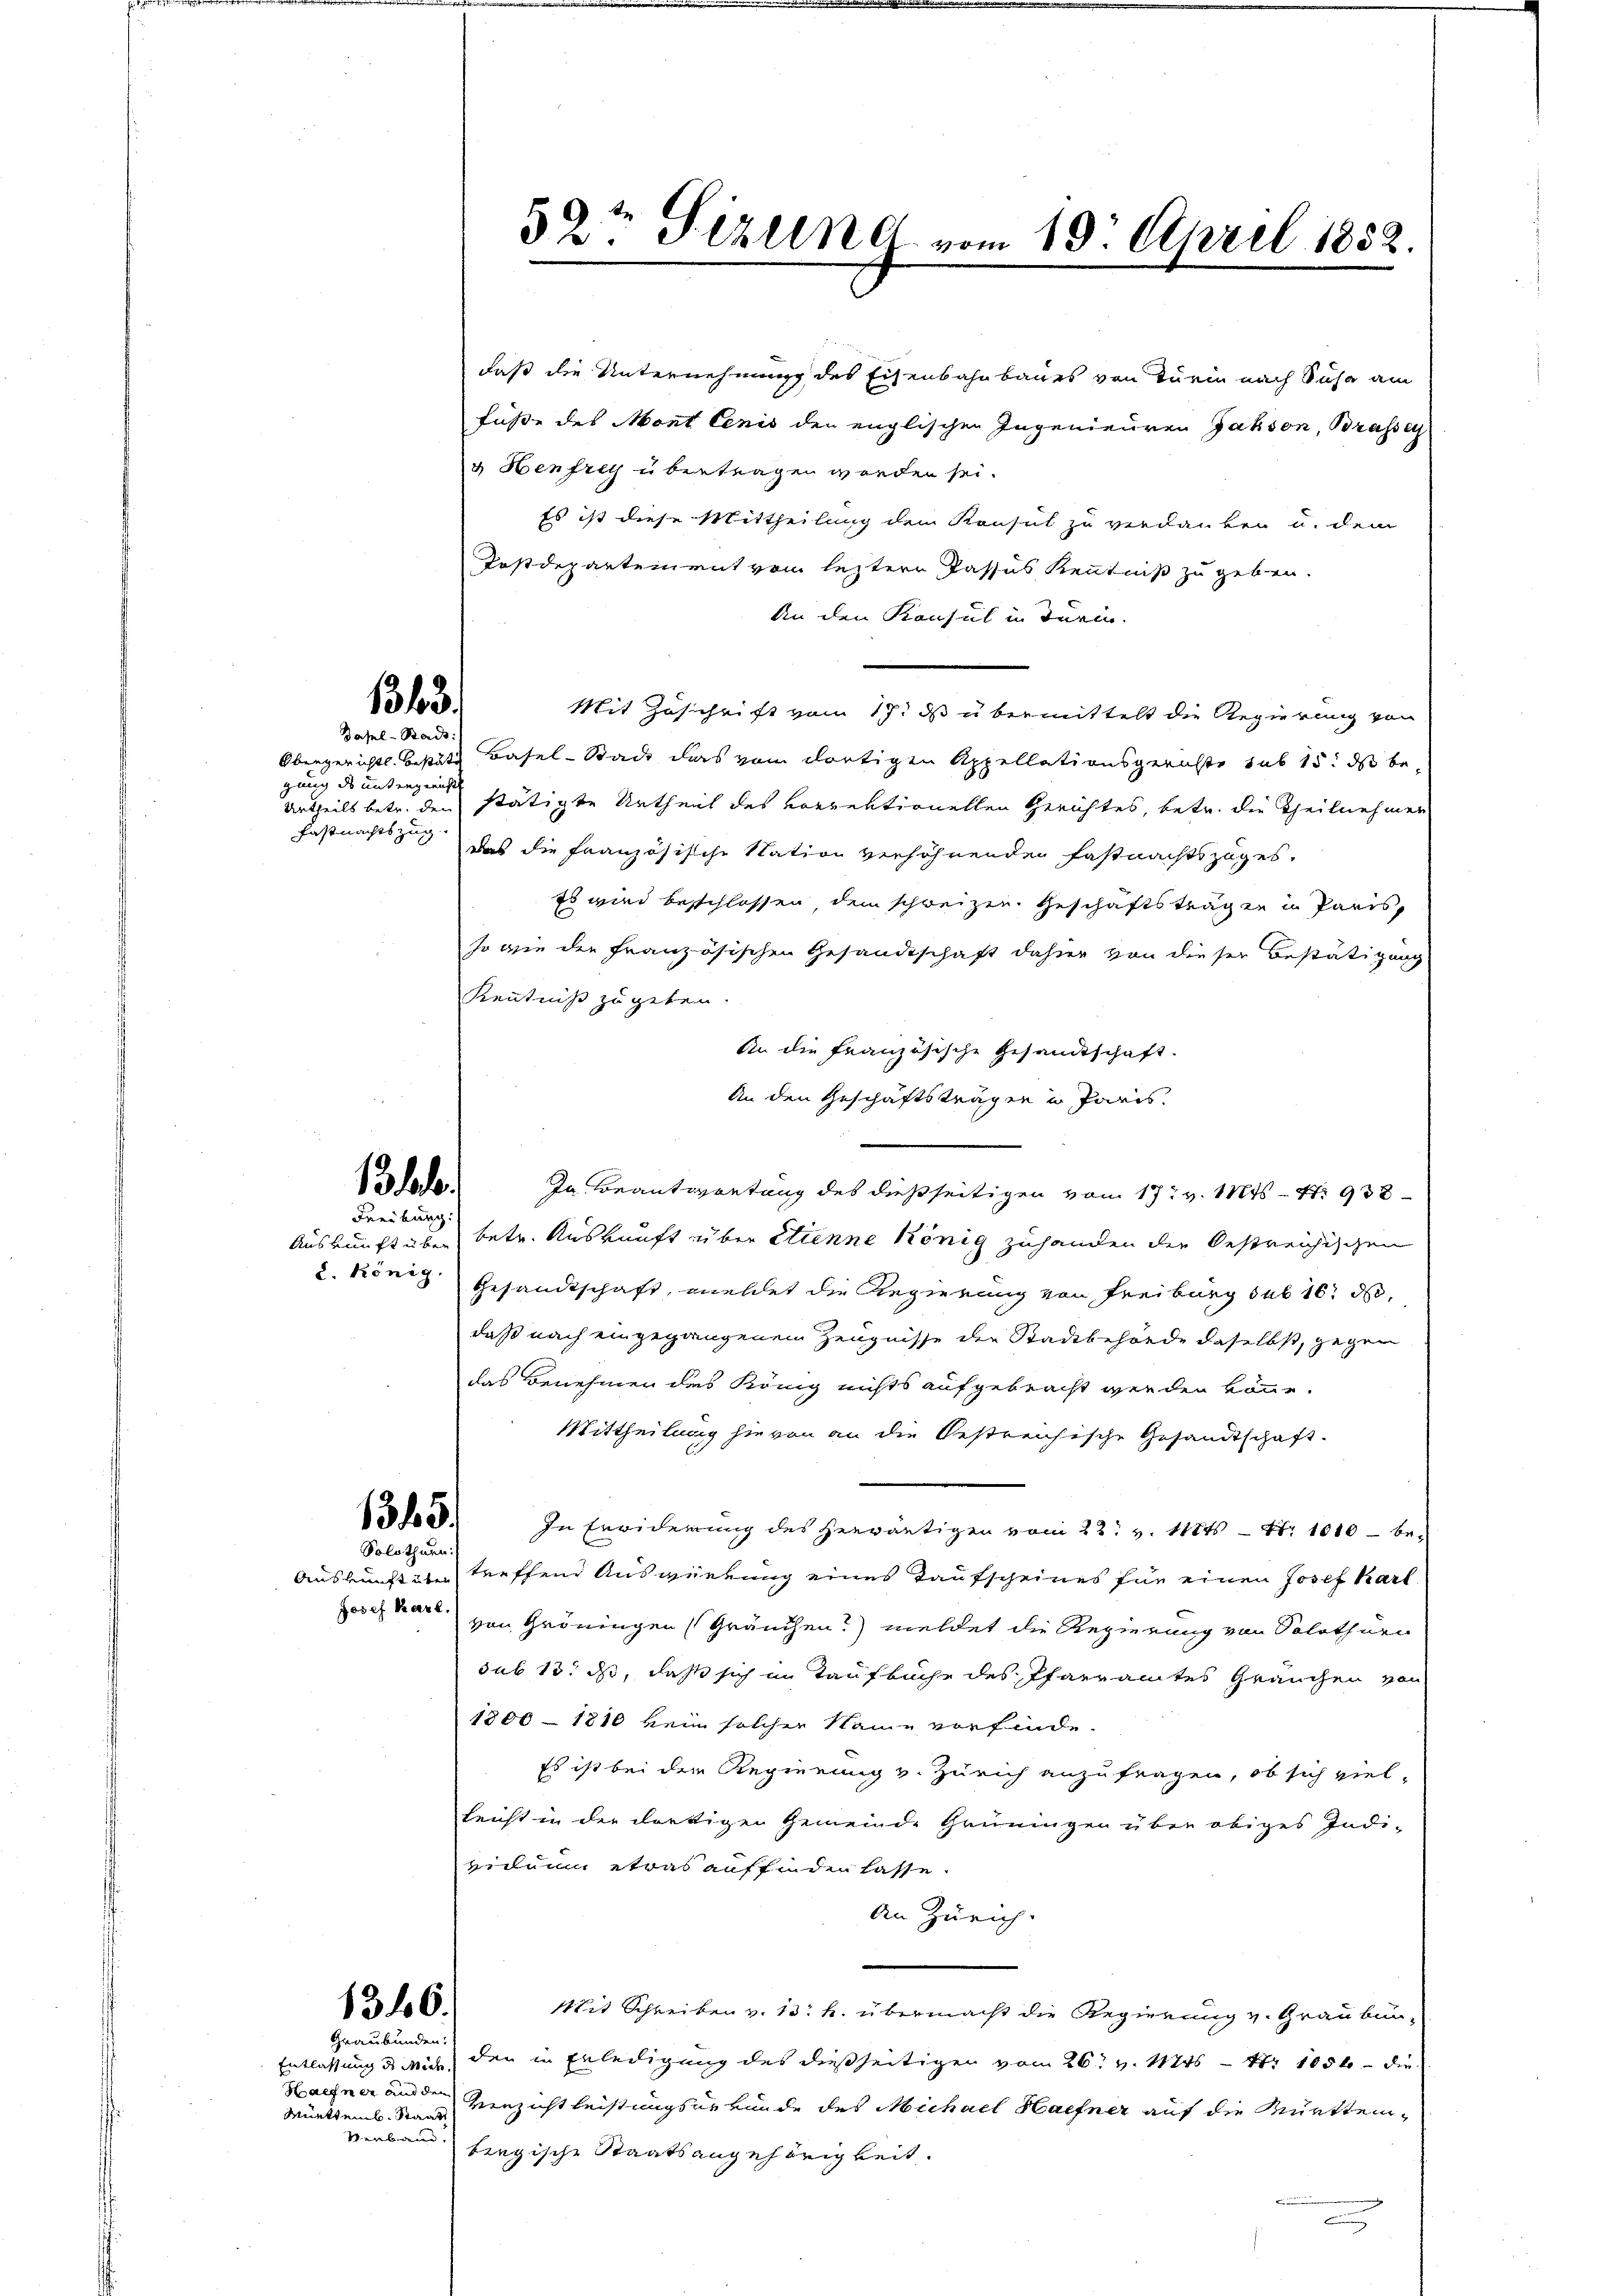
1363.
Basel-Stadt:

d untergericht
Fastnachtszug.

13. d.
Freiburg.

1345.
Solothurn.

Josef Karl,

1316.
Graubünden:

Mürttemb. Staat
Verbaue

daß die Unternehmung des Eisenbahnbaues von Turin nach Siche am
füße des Mont lenis den englischen Ingenieuren Jahson, Brassen
& Henfrey übertragen worden sei.
Es ist diese Mittheilung dem Konsul zu verdanken u. dem
Postdepartement vom leztere Passus Kenntniß zu geben.
An den Konsul in Turin.
Mit Zuschrift vom 17. ds übermittelt die Regierung von
Obergerichts bestätt Basel-Stadt das vom dortigen Appellationsgerichte sub 15. ds beurtheils betr. den stätigte Urtheil des vorrektionellen Gerichtes, betr. die Theilnehmen
das die französische Station verhöhrenden Fastnachtszuges,
Es wird beschlossen, dem schweizer. Geschäftsträgen in Paris,
so wie die Französischen Gesandtschaft dahier von dieser Bestätigung
Kenntniß zu geben.
An die Französische Gesandtschaft.
An den Geschäftsträgen in Paris.
In Beantwortung des dießseitigen vom 17t v. Mts. S. 938
Auskunft über betr. Auskunft über etienne König zuhanden die Oestreichischen
8. König Gesandtschaft, meldet die Regierung von Freiburg sub 16t d
daß nach eingegangenen Zeugnisse der Stadtbehörde daselbst, gegen
das Benehmen des König nichts aufgebracht werden könne.
Mittheilung hievon an die Oestreusische Gesandtschaft.
In Erwiderung des Herwärtigen vom 22t v. 111 47. 1010 – be¬
Auskunft über treffend Auswirkung eines Taufscheines für einen Josef Karl
von Gröningen (Gräuchen?) meldet die Regierung von Solothurn
sub 15. ds, dass sich in Taufbüche des Pfarramtes Grauchen von
1800 - 1810 kein solcher Name vorfinde.
Es ist bei der Regierung v. Zürich anzufragen, ob sich viel-
leicht in der dortigen Gemeinde Grüningen über obiges Indi-
viduum etwas auffinden lasse.
An Zürich.
Mit Schreiben v. 13. k. übermacht die Regierung v. Graubun-
Entlassung des mich, den in Erledigung des dießseitigen vom 26. v. Mts. - 4. 1854 die
Haehner und der Herzicht leistungsurkunde des Michael Hafner auf die Württembergische Staatsangehörigkeit.
a

52t Sizung vom 18. April 1852.